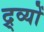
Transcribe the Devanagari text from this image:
द्र्व्यों